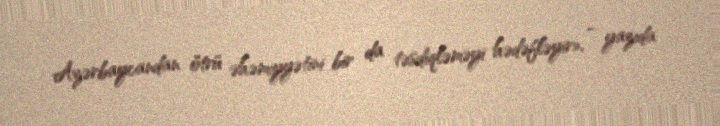
Azərbaycandan ötrü əhəmiyyətini bir da təsdiqləməyi hədəfləyir», - yazıda